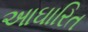
આઘારિત